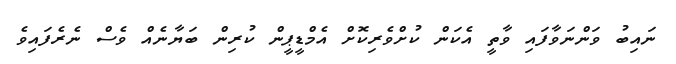
ނައިބު ވަންނަވާފައި ވާތީ އެކަން ކުށްވެރިކޮށް އެމްޑީޕީން ކުރިން ބަޔާނެއް ވެސް ނެރެފައިވެ